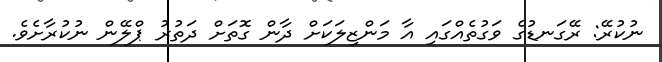
ނުކުރޭ: ރޭގަނޑުގެ ވަގުތެއްގައި އާ މަންޒިލަކަށް ދާން ގޮތަށް ދަތުރު ޕްލޭން ނުކުރާށެވެ.